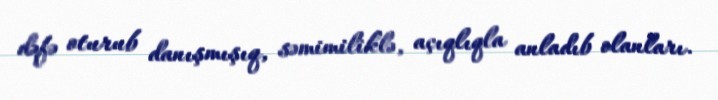
dəfə oturub danışmışıq, səmimiliklə, açıqlıqla anladıb olanları.